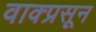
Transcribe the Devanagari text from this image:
वाक्प्रसून